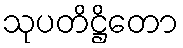
သုပတိဋ္ဌိတော